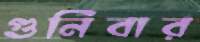
গুনিবার